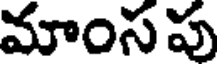
మాంసపు